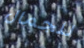
للجمال